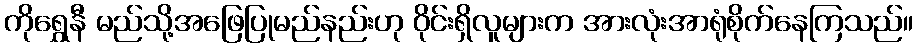
ကိုရွှေနီ မည်သို့အဖြေပြုမည်နည်းဟု ဝိုင်းရှိလူများက အားလုံးအာရုံစိုက်နေကြသည်။